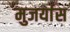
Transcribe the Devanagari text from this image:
मुजर्यास